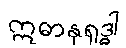
ဣဓာနုရုဒ္ဓါ